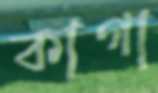
কাগা